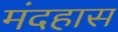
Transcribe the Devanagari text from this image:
मंदहास